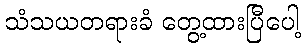
သံသယတရားခံ တွေ့ထားပြီပေါ့